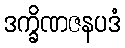
ဒက္ခိဏဇနပဒံ